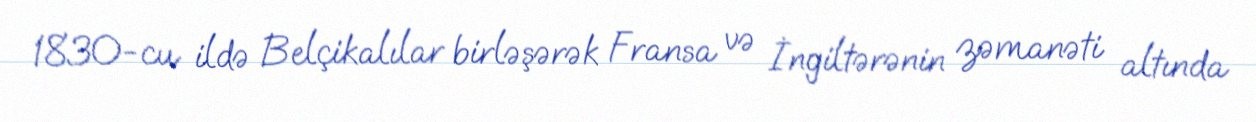
1830-cu ildə Belçikalılar birləşərək Fransa və İngiltərənin zəmanəti altında